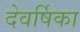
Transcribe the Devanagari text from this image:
देवर्षिका